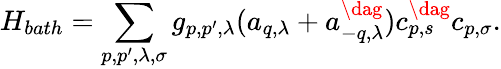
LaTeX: H_{bath}=\sum_{p,p^{\prime},\lambda,\sigma}g_{p,p^{\prime},\lambda}(a_{q,\lambda}+a_{-q,\lambda}^{\dag})c_{p,s}^{\dag}c_{p,\sigma}.